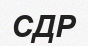
СДР